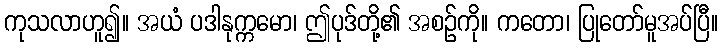
ကုသလာဟူ၍။ အယံ ပဒါနုက္ကမော၊ ဤပုဒ်တို့၏ အစဉ်ကို။ ကတော၊ ပြုတော်မူအပ်ပြီ။